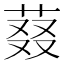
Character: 𬝉